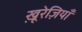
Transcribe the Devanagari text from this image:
खू़रेज़ियाँ